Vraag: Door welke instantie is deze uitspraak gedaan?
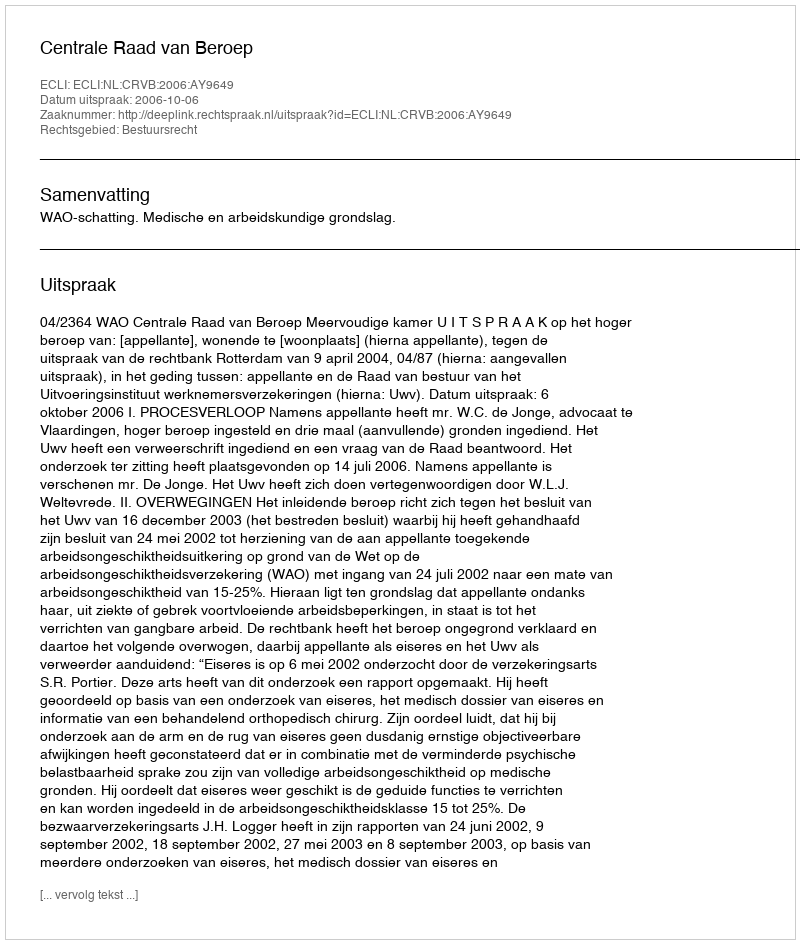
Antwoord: Centrale Raad van Beroep